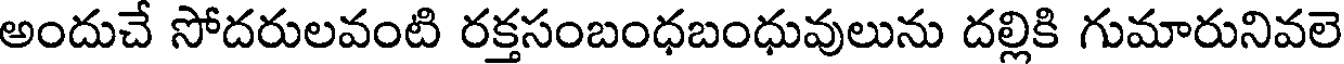
అందుచే సోదరులవంటి రక్తసంబంధబంధువులును దల్లికి గుమారునివలె